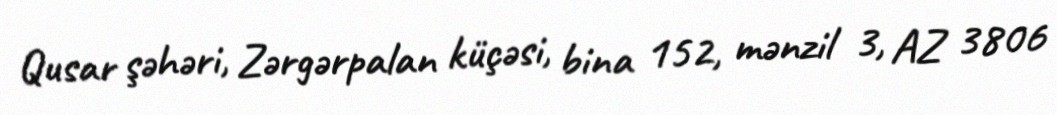
Qusar şəhəri, Zərgərpalan küçəsi, bina 152, mənzil 3, AZ 3806